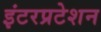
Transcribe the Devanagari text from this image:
इंटरप्रटेशन